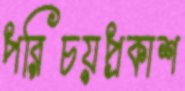
পরিচয়প্রকাশ